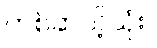
တစ်ဆယ့်သုံး။